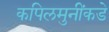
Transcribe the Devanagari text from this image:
कपिलमुनींकडे